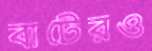
বাটেরও